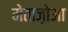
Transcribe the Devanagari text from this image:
मेताज़ोआ